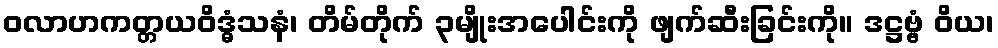
ဝလာဟကတ္တယဝိဒ္ဓံသနံ၊ တိမ်တိုက် ၃မျိုးအပေါင်းကို ဖျက်ဆီးခြင်းကို။ ဒဋ္ဌဗ္ဗံ ဝိယ၊